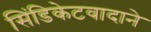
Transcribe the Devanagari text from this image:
सिंडिकेटवादाने